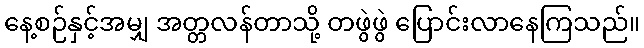
နေ့စဉ်နှင့်အမျှ အတ္တလန်တာသို့ တဖွဲဖွဲ ပြောင်းလာနေကြသည်။